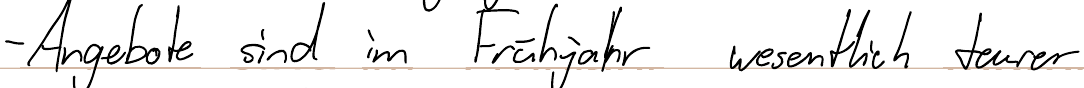
- Angebote sind im Frühjahr wesentlich teurer